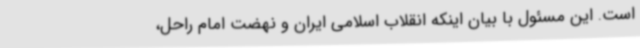
است. این مسئول با بیان اینکه انقلاب اسلامی ایران و نهضت امام راحل،